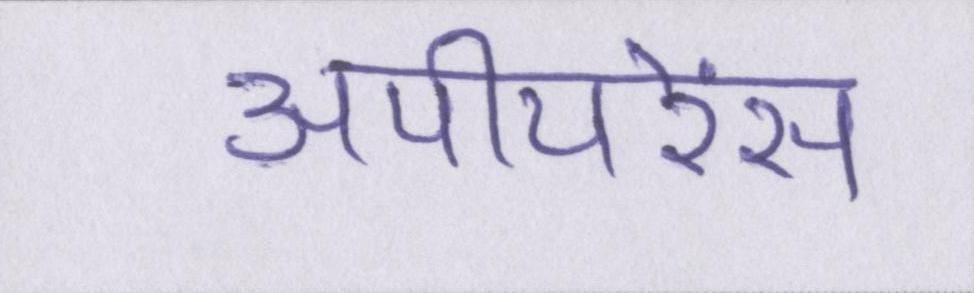
अपीयरेंस